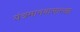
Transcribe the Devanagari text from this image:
यंत्रमानवासारखा